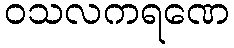
ဝသလကရဏေ